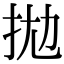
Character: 拋